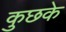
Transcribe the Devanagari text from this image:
कुछके